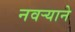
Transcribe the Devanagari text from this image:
नवर्‍याने